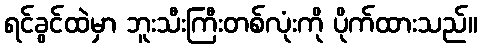
ရင်ခွင်ထဲမှာ ဘူးသီးကြီးတစ်လုံးကို ပိုက်ထားသည်။